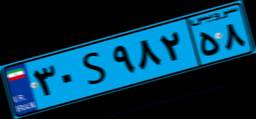
۳۰S۹۸۲۵۸